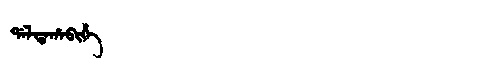
Manchu: ᡩᠠᠯᡩᠠᡥᠠᠪᡳᡥᡝ
Romanization: DALDAHABIHE